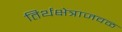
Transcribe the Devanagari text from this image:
तिर्थक्षेत्राजवळ